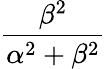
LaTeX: \frac{\beta^{2}}{\alpha^{2}+\beta^{2}}